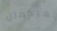
هيكمان